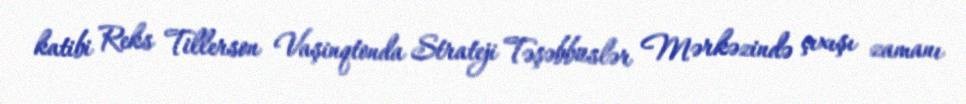
katibi Reks Tillerson Vaşinqtonda Strateji Təşəbbüslər Mərkəzində çıxışı zamanı